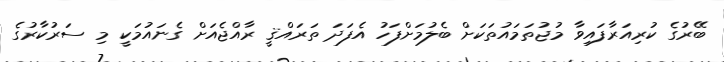
ބޭރުގެ ކުރިއަރާފައިވާ މުޖުތަމައުތަކަށް ބެލުމަށްފަހު އެފަދަ ތަރައްޤީ ރާއްޖެއަށް ގެނައުމަކީ މި ސަރުކާރުގެ